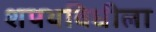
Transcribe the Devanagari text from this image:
शपथविधीला